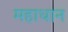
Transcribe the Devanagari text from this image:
महाधान